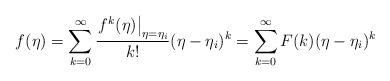
LaTeX: \begin{align*} f(\eta) = \sum_{k=0}^{\infty} \frac{\left.f^{k}(\eta)\right|_{\eta=\eta_i}}{k!} (\eta-\eta_i)^k= \sum_{k=0}^{\infty}F(k)(\eta-\eta_i)^k\end{align*}